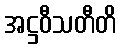
အဋ္ဌဝီသတီတိ